kultuurilooline_kollektsioon, lk 23
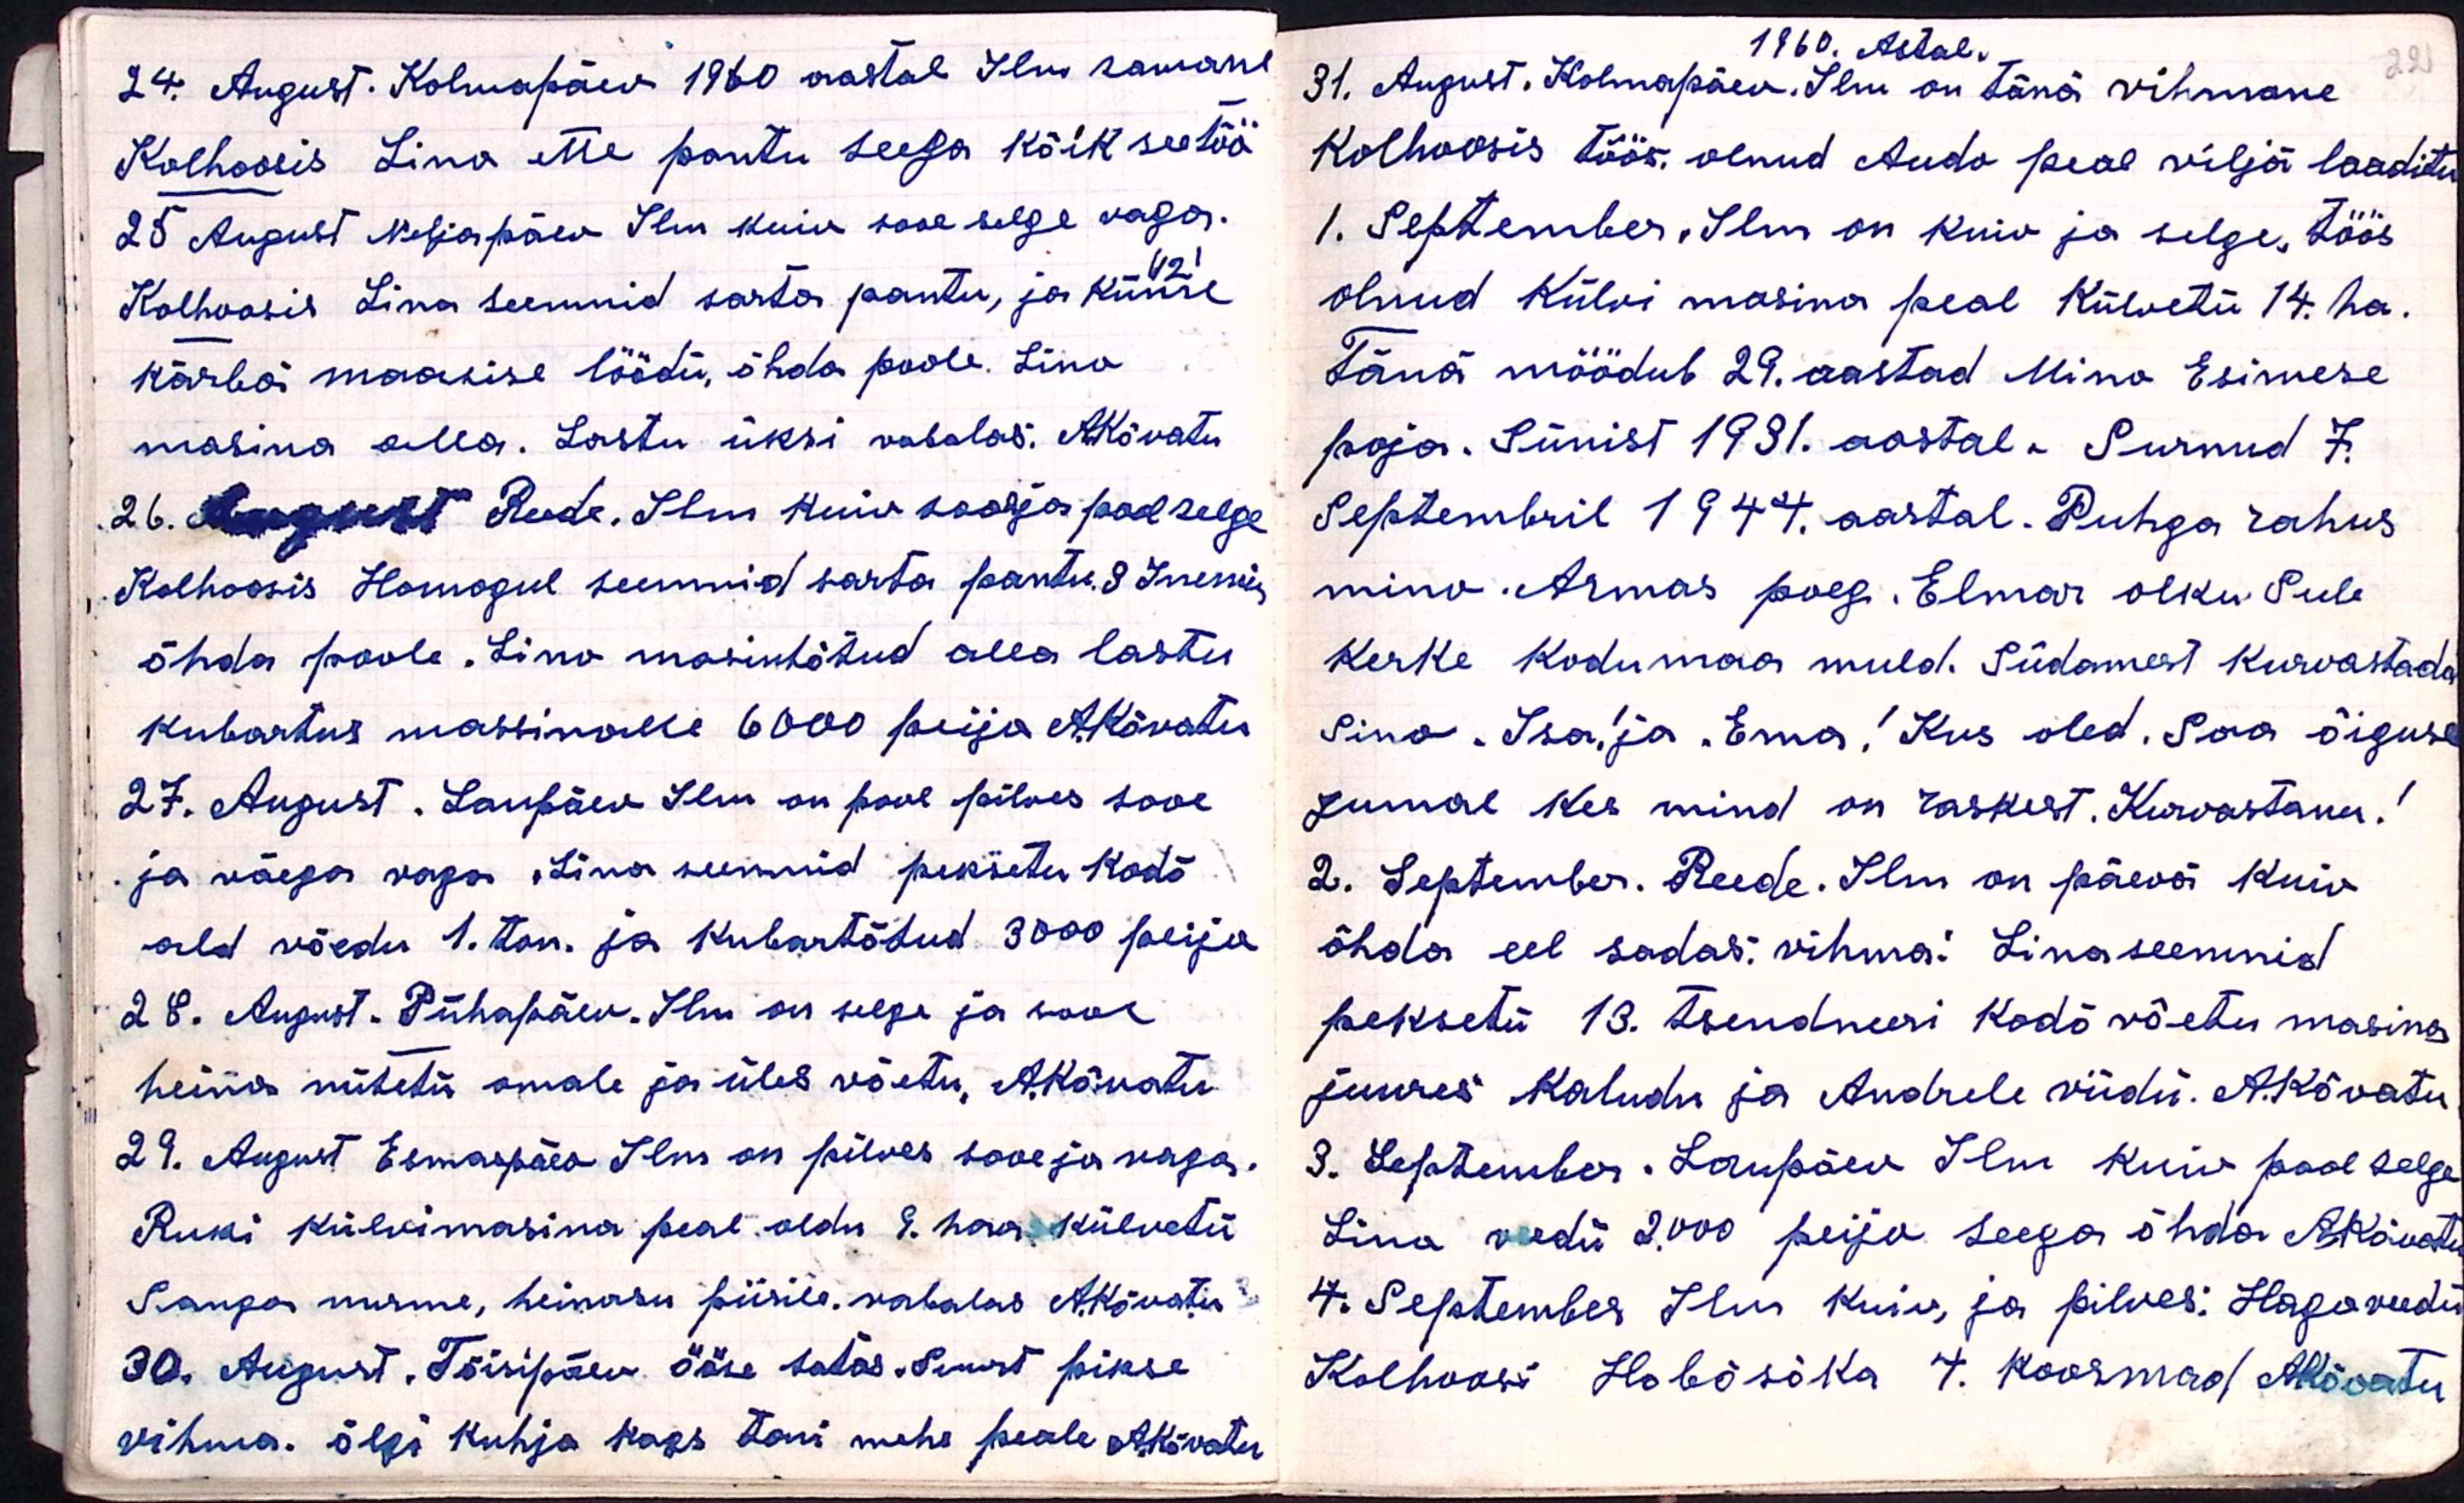
24. August. Kolmapäev 1960 aastal Ilm samane
Kolhoosis Lina ette pantu seega kõik see töö
25 August Neljapäev Ilm kuiv sooe selge vaga.
Kolhoosis Linna seemnid sarta pantu, ja künre (2)
kärbä maasise löödü, õhda poole. Lino
masina alla. Lastu üksi vabalas: AKõvatu
26. August Reede. Ilm kuiv sooja pool selge
Kolhoosis Homogul seemnid sarta pantu. 3 Inemis
õhda poole. Lino masintötud alla lastu
kubartus massinalle 6000 peijo A.Kõvatu
27. August. Laupäev Ilm on pool pilves sooe
ja väega vaga. Lina seemnid peksetu kodõ.
ald võedu 1. ton. ja kubartõdud 3000 peijo
28. August. Pühapäev. Ilm on selga ja sooe
heina nütetü omale ja üles võetu, AKõvatu
29. August Esmaepäev Ilm on pilves sooe ja vaga.
Ruki külvimasina peal oldu 9. haa külvetü
Sanga nurme, heinasu piirile. vabalas AKõvatu
30. August. Tõisipäev ööse satas, Suurt pikse
vihma. õlgi kuhja kaks toni mehe peale A.Kõvatu

1960. Astal.
31. August. Kolmapäev. Ilm on tänä vihmane
kolhoosis töös olnud Audo peal viljä laaditu
1. September. Ilm on kuiv ja selge. töös
olnud külvi masina peal külvetü 14. ha.
Tänä möödub 29. aastad Mino Esimese
poja. Sünist 1931. aastal. Surnud 7.
Septembril 1944. aastal. Puhga rahus
mino. Armas poeg. Elmar olku Sule
kerke kodumaa muld. Südamest kurvastada
Sina. Isa! ja Ema! Kus oled. Saa õiguse
Jumal kes mind on raskest. Kurvastanu!
2. September. Reede. Ilm on päevä kuiv
õhda eel sadas: vihma! Linaseemnid
peksetü 13. tsendneeri kodõ võetu masina
juures Kaludu ja Andrele viidü. A.Kõvatu.
3. September. Laupäev Ilm kuiv pool selge
Lina veedü 2000 peijo seega õhda A.Kõvatu
4. September Ilm kuiv, ja pilves: Hago veedü
Kolhoosi Hobõsõka 4. Koormad AKõvatu

22